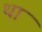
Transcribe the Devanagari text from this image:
था